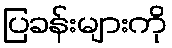
ပြခန်းများကို